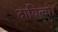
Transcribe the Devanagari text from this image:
दायित्वों।